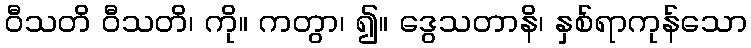
ဝီသတိ ဝီသတိ၊ ကို။ ကတွာ၊ ၍။ ဒွေသတာနိ၊ နှစ်ရာကုန်သော